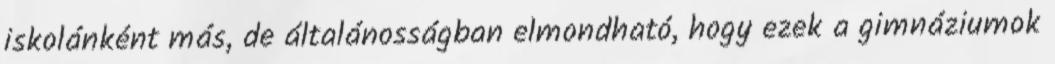
iskolánként más, de általánosságban elmondható, hogy ezek a gimnáziumok